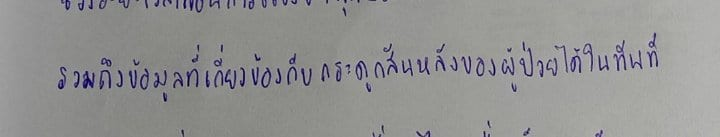
รวมถึงข้อมูลที่เกี่ยวข้องกับกระดูกสันหลังของผู้ป่วยได้ในทันที